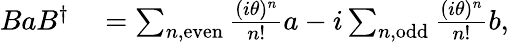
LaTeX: \begin{array}{rl}{BaB^{\dagger}}&{{}=\sum_{n,\mathrm{{even}}}\frac{(i\theta)^{n}}{n!}a-i\sum_{n,\mathrm{{odd}}}\frac{(i\theta)^{n}}{n!}b,}\end{array}